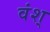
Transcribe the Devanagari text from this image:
वंश्